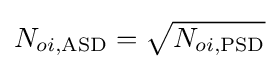
N_{oi,\mathrm {ASD} }={\sqrt {N_{oi,\mathrm {PSD} }}}